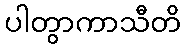
ပါတွာကာသီတိ